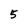
Character: 5